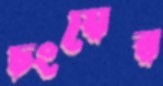
চংয়ের